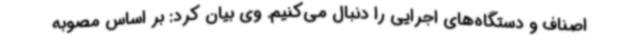
اصناف و دستگاه‌های اجرایی را دنبال می‌کنیم. وی بیان کرد: بر اساس مصوبه